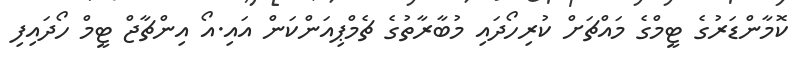
ކޮމާންޑަރުގެ ޓީމްގެ މައްޗަށް ކުރިހޯދައި މުބާރާތުގެ ޗެމްޕިއަންކަން އައި.އޯ އިންޗާޖް ޓީމް ހޯދައިފި